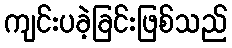
ကျင်းပခဲ့ခြင်းဖြစ်သည်